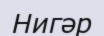
Нигәр